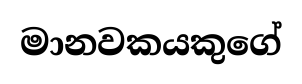
මානවකයකුගේ